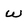
Character: w